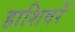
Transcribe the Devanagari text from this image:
हाशिवरें